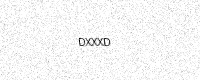
Text: DXXXD